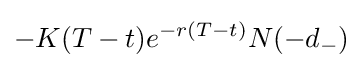
-K(T-t)e^{-r(T-t)}N(-d_{-})